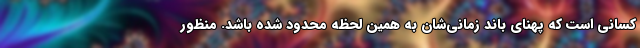
کسانی است که پهنای باند زمانی‌شان به همین لحظه محدود شده باشد. منظور